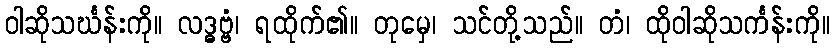
ဝါဆိုသင်္ဃန်းကို။ လဒ္ဓဗ္ဗံ၊ ရထိုက်၏။ တုမှေ၊ သင်တို့သည်။ တံ၊ ထိုဝါဆိုသင်္ကန်းကို။